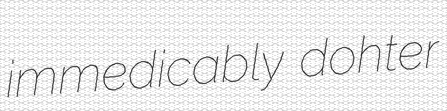
immedicably dohter